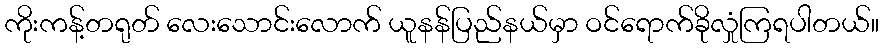
ကိုးကန့်တရုတ် လေးသောင်းလောက် ယူနန်ပြည်နယ်မှာ ဝင်ရောက်ခိုလှုံကြရပါတယ်။